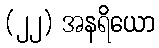
(၂၂) အနရိယော